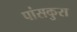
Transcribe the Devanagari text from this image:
पांसकुरा